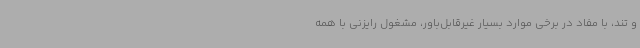
و تند، با مفاد در برخی موارد بسیار غیرقابل‌باور، مشغول رایزنی با همه